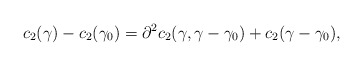
\begin{align*}c_2(\gamma) - c_2(\gamma_0) = \partial^2c_2(\gamma,\gamma-\gamma_0) + c_2(\gamma-\gamma_0),\end{align*}